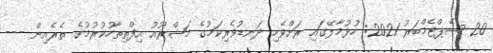
20 ސެޕްޓެމްބަރު 2021: ހުޅުމާލޭގައި ރަށްވެހި ދަނޑުވެރިކަމުގެ މަޝްރޫއު އިފްތިތާހުކުރުމުގެ ތެރެއިން ---